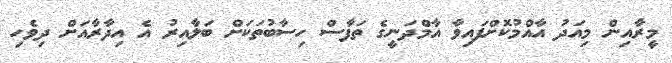
މީރާއިން މިއަދު އާއްމުކޮށްފައިވާ އާމްދަނީގެ ތަފާސް ހިސާބުތަކަށް ބަލާއިރު އެ އިދާރާއަށް ދިވެހި